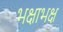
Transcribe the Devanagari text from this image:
भक्षाभक्ष